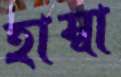
হাম্বা